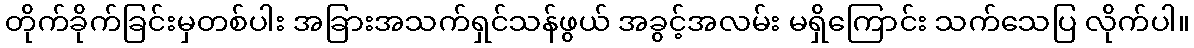
တိုက်ခိုက်ခြင်းမှတစ်ပါး အခြားအသက်ရှင်သန်ဖွယ် အခွင့်အလမ်း မရှိကြောင်း သက်သေပြ လိုက်ပါ။